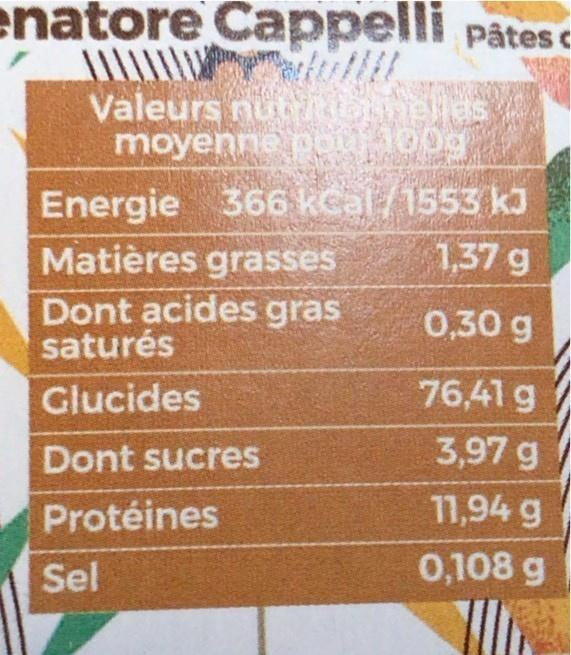
enatore Cappelli pates c
Valeurs nuROghelles moyenne pou100g
Energie 366 kcal/1553 kJ Matières grasses Dont acides gras saturés
1,37 g
0,30 g
Glucides
76,41 g
Dont sucres
3,97 g
Protéines
11,94 g
Sel
0,108 g